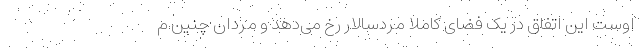
اوست این اتفاق در یک فضای کاملا مردسالار رخ می‌دهد و مردان چنین م